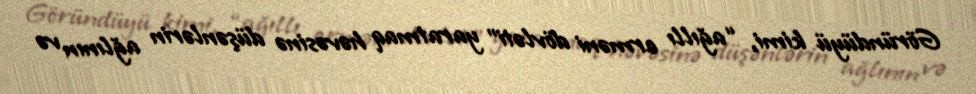
Göründüyü kimi, “ağıllı erməni dövləti” yaratmaq həvəsinə düşənlərin ağlının və